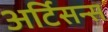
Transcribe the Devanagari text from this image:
अर्टिसन्स